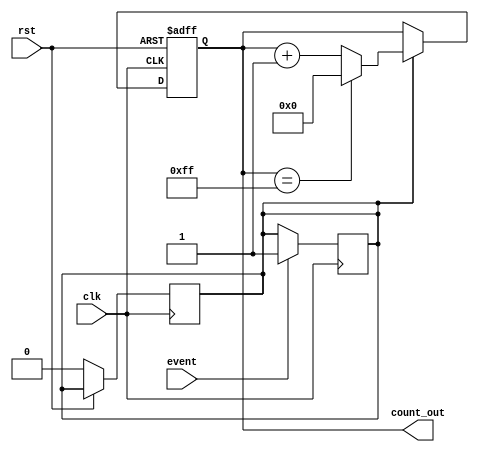
module digital_event_counter (
    input wire clk,            // Clock signal
    input wire rst,            // Asynchronous reset signal
    input wire event,          // Event signal to trigger count
    output reg [7:0] count_out // 8-bit output count
);

    // Internal signals
    reg event_flag; // Flag to indicate event detection

    // Asynchronous reset
    always @(posedge clk or posedge rst) begin
        if (rst) begin
            count_out <= 8'b0; // Reset count
        end else begin
            // Check for event detection
            if (event_flag) begin
                // Increment count and wrap around at 255 (8-bits)
                count_out <= (count_out == 8'd255) ? 8'b0 : count_out + 1;
                event_flag <= 1'b0; // Clear event flag after counting
            end
        end
    end

    // Event detection logic (simple edge detection)
    always @(posedge clk) begin
        // Assuming 'event' is debounced externally or this is a clean pulse
        if (event) begin
            event_flag <= 1'b1; // Set event flag on event signal
        end
    end
    
endmodule